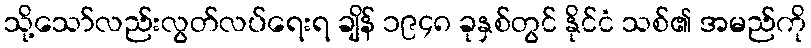
သို့သော်လည်းလွတ်လပ်ရေးရ ချိန် ၁၉၄၈ ခုနှစ်တွင် နိုင်ငံ သစ်၏ အမည်ကို